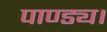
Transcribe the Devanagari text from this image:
पाण्ड्य।